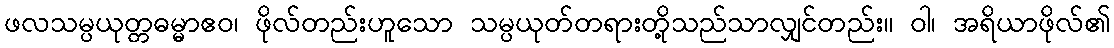
ဖလသမ္ပယုတ္တဓမ္မာဧဝ၊ ဖိုလ်တည်းဟူသော သမ္ပယုတ်တရားတို့သည်သာလျှင်တည်း။ ဝါ၊ အရိယာဖိုလ်၏